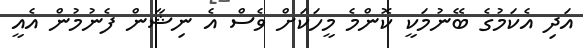
އަދި އެކަމުގެ ބޭނުމަކީ ކޮންމެ މީހަކަށް ވެސް އެ ނިޝާން ފެނުމުން އެއީ